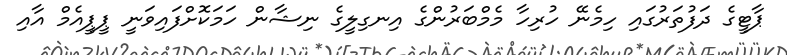
ޕާޓީގެ ދަފުތަރުގައި ހިމެނޭ ހުރިހާ މެމްބަރުންގެ އިނގިލީގެ ނިޝާން ހަމަކޮށްފައިވަނީ ޕީޕީއެމް އާއި